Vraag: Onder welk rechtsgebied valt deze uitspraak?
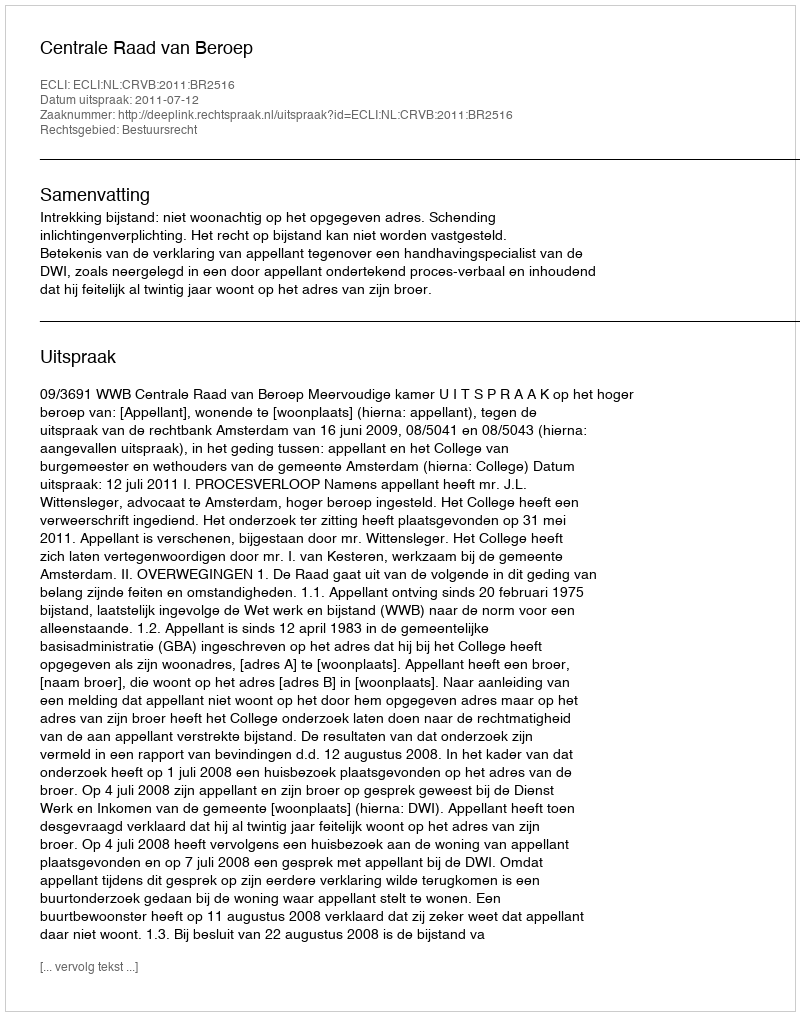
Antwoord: Bestuursrecht